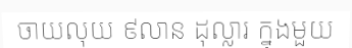
ចាយលុយ ៩លាន ដុល្លារ ក្នុងមួយ